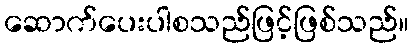
ဆောက်ပေးပါစသည်ဖြင့်ဖြစ်သည်။